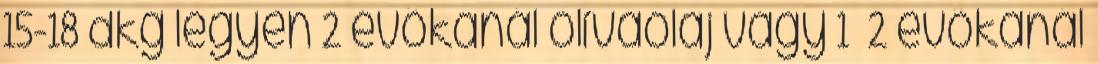
15-18 dkg legyen 2 evőkanál olívaolaj vagy 1 2 evőkanál